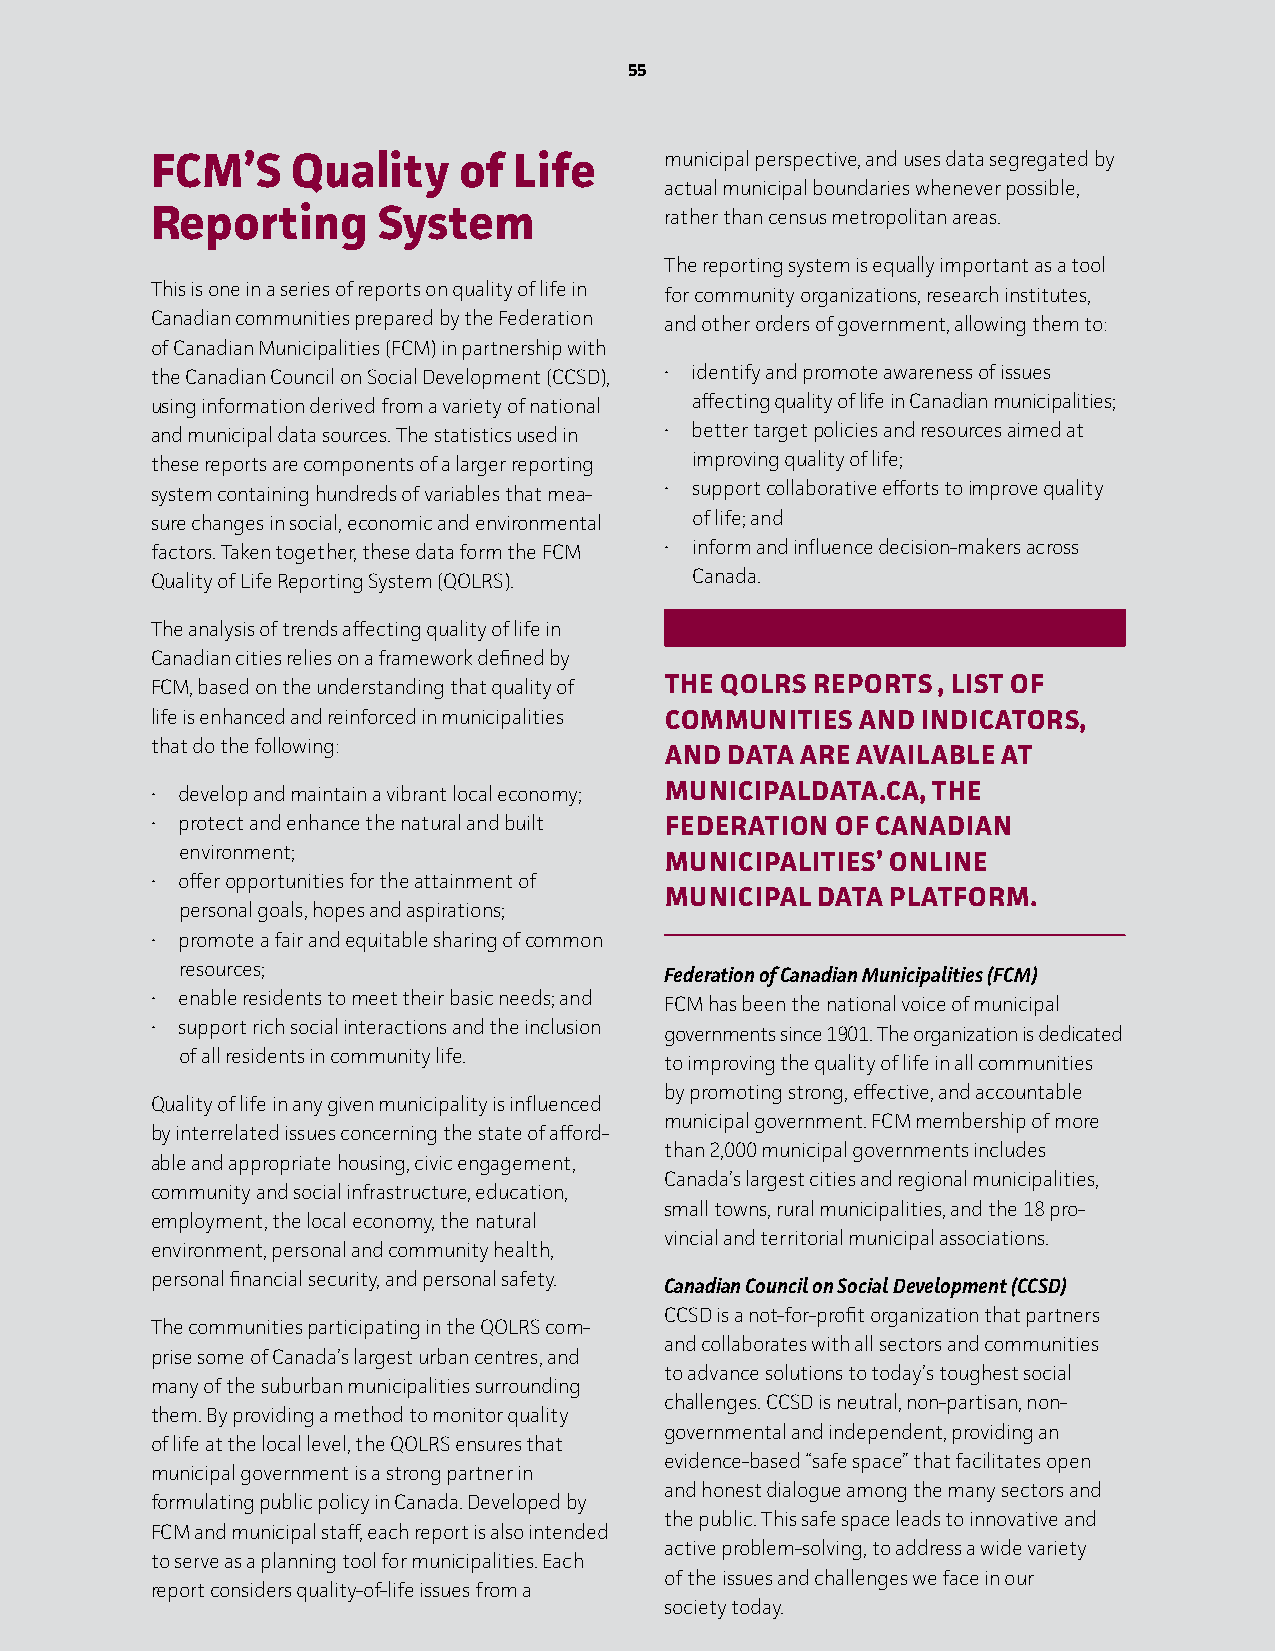
5555
 FCM’S    Quality    of  Life      munic ipal perspective, and uses data segregated by
 actual municipal boundaries whenever possible,
 Reporting      System             rather than census metropolitan areas.
 The reporting system is equally important as a tool
 This is one in a series of reports on quality of life in for community organizations, research institutes,
 Canadian communities prepared by the Federation and other orders of government, allowing them to:
 of Canadian Municipalities (FCM) in partnership with
 the Canadian Council on Social Development (CCSD), • identify and promote awareness of issues
 using information derived from a variety of national affecting quality of life in Canadian municipalities;
 and municipal data sources. The statistics used in • better target policies and resources aimed at
 these reports are components of a larger reporting improving quality of life;
 system containing hundreds of variables that mea- • support collaborative efforts to improve quality
 sure changes in social, economic and environmental of life; and
 factors. Taken together, these data form the FCM • inform and influence decision-makers across
 Quality of Life Reporting System (QOLRS). Canada.
 The analysis of trends affecting quality of life in
 Canadian cities relies on a framework defined by
 FCM, based on the understanding that quality of The QoLRS RePoRTS , LIST oF
 life is enhanced and reinforced in municipalities CoMMunITIeS AnD InDICAToRS,
 that do the following:
 AnD DATA ARe AvAILAbLe AT
 • develop and maintain a vibrant local economy; MunICIPALDATA.CA, The
 • protect and enhance the natural and built FeDeRATIon oF CAnADIAn
 environment;
 MunICIPALITIeS’ onLIne
 • offer opportunities for the attainment of
 MunICIPAL DATA PLATFoRM.
 personal goals, hopes and aspirations;
 • promote a fair and equitable sharing of common
 resources;
 Federation of Canadian Municipalities (FCM)
 • enable residents to meet their basic needs; and
 FCM has been the national voice of municipal
 • support rich social interactions and the inclusion
 governments since 1901. The organization is dedicated
 of all residents in community life.
 to improving the quality of life in all communities
 by promoting strong, effective, and accountable
 Quality of life in any given municipality is influenced
 municipal government. FCM membership of more
 by interrelated issues concerning the state of afford-
 than 2,000 municipal governments includes
 able and appropriate housing, civic engagement,
 Canada’s largest cities and regional municipalities,
 community and social infrastructure, education,
 small towns, rural municipalities, and the 18 pro-
 employment, the local economy, the natural
 vincial and territorial municipal associations.
 environment, personal and community health,
 personal financial security, and personal safety.
 Canadian Council on Social Development (CCSD)
 CCSD is a not-for-profit organization that partners
 The communities participating in the QOLRS com-
 and collaborates with all sectors and communities
 prise some of Canada’s largest urban centres, and
 to advance solutions to today’s toughest social
 many of the suburban municipalities surrounding
 challenges. CCSD is neutral, non-partisan, non-
 them. By providing a method to monitor quality
 governmental and independent, providing an
 of life at the local level, the QOLRS ensures that
 evidence-based “safe space” that facilitates open
 municipal government is a strong partner in
 and honest dialogue among the many sectors and
 formulating public policy in Canada. Developed by
 the public. This safe space leads to innovative and
 FCM and municipal staff, each report is also intended
 active problem-solving, to address a wide variety
 to serve as a planning tool for municipalities. Each
 of the issues and challenges we face in our
 report considers quality-of-life issues from a
 society today.